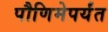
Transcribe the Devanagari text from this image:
पौणिमेपर्यंत